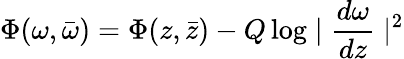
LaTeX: \Phi(\omega,\bar{\omega})=\Phi(z,\bar{z})-Q\log\mid\frac{d\omega}{dz}\mid^{2}